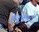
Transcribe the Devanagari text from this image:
हेतुफल